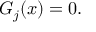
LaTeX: G _ { j } ( x ) = 0 .